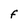
Character: F